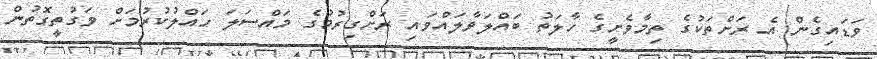
ވަޑައިގެން އެ ރަށްތަކުގެ ތިމާވެށީގެ ހާލަތު ބައްލަވާލައްވައި ރަށްގިރުމުގެ މައްސަލަ ހައްލުކުރުމަށް ވަގުތީގޮތުން